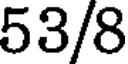
53/8